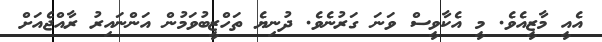
އެއީ މާޒީއެވެ. މީ އެކާވީސް ވަނަ ގަރުނެވެ. ދުނިޔެ ތަހްޒީބުވަމުން އަންނައިރު ރާއްޖެއަށް